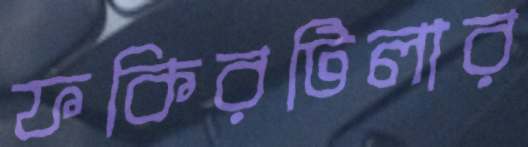
ফকিরটিলার